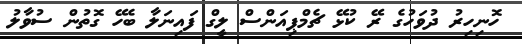
ހޮނިހިރު ދުވަހުގެ ރޭ ކުޅޭ ޗެމްޕިއަންސް ލީގް ފައިނަލާ ބެހޭ ގޮތުން ސުވާލު